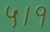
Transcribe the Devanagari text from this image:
५।१